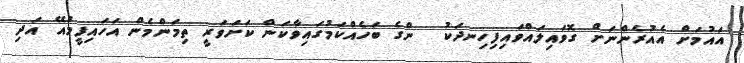
އައުމަށް އެއުރެންނަށް ގޮވައިލައްވައިފިހިނދަކު  ންގެ ބަހެއްކަމުގައިވާކަން ކަށަވަރީ ތިމަންމެން އަހައިފީމުއޭ އަދި